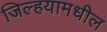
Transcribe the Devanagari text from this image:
जिल्हयामधील